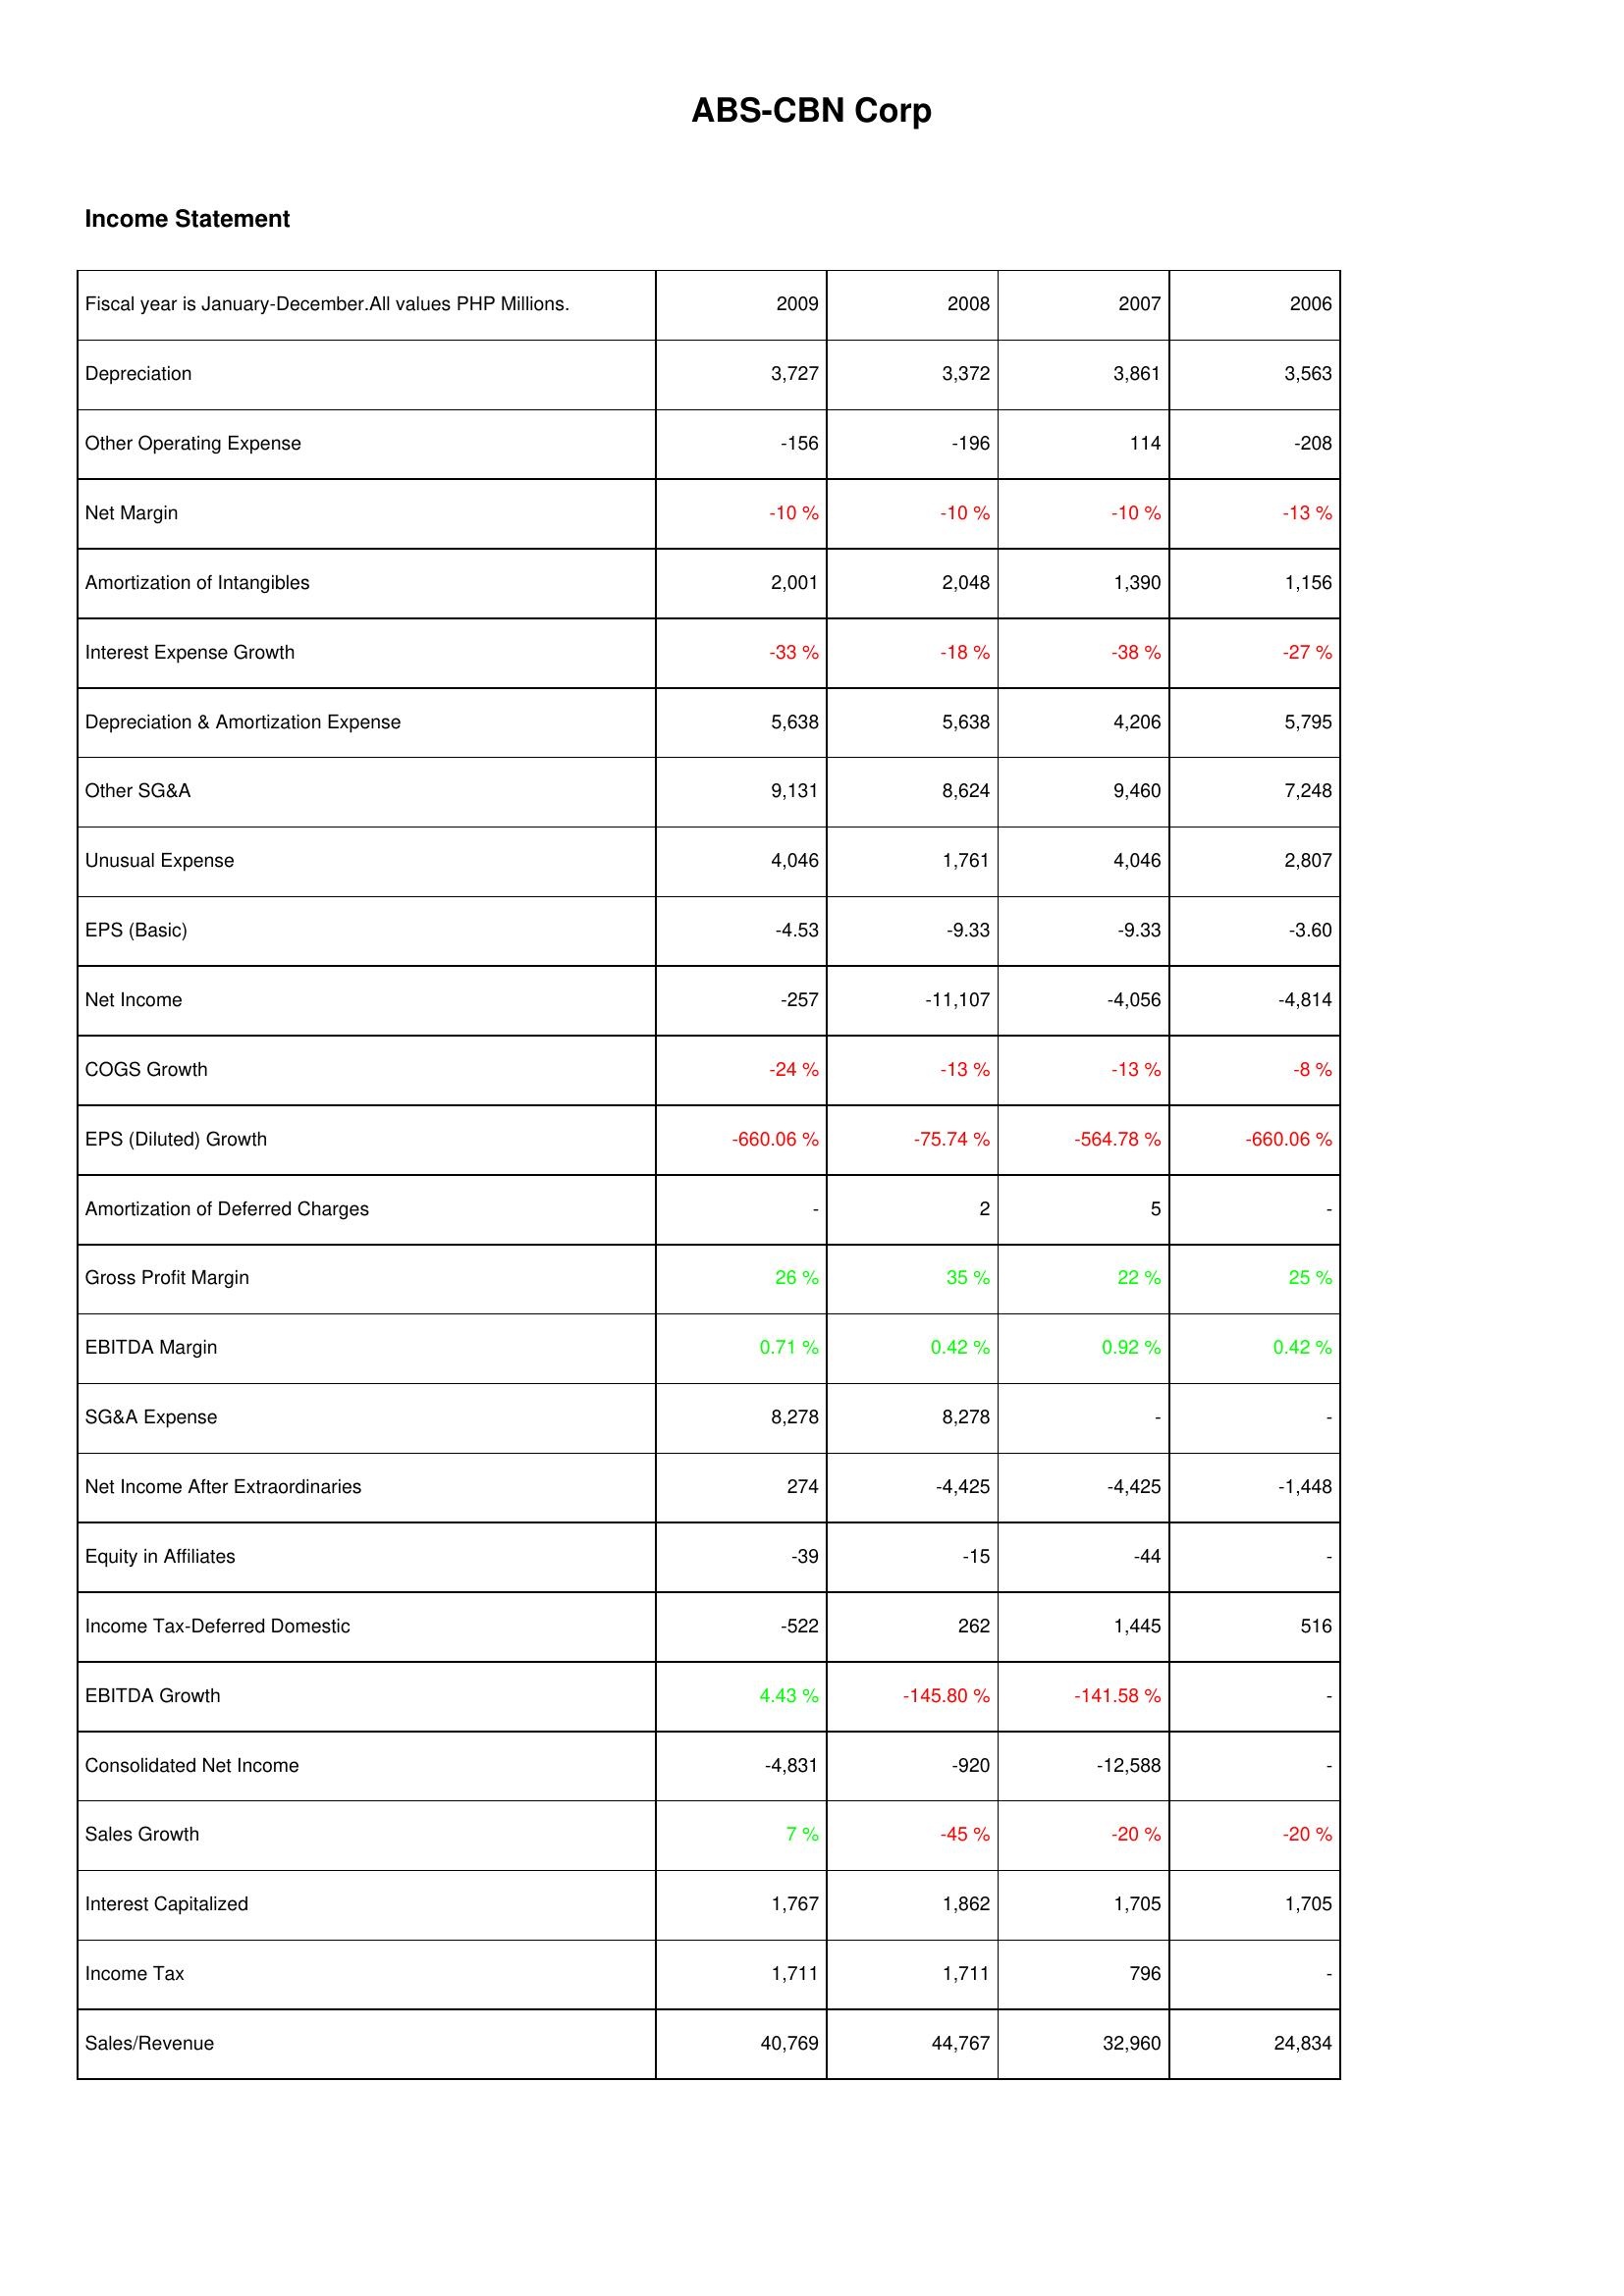
2009: Income Statement: Depreciation: 3,727
Other Operating Expense: -156
Net Margin: -10 %
Amortization of Intangibles: 2,001
Interest Expense Growth: -33 %
Depreciation & Amortization Expense: 5,638
Other SG&A: 9,131
Unusual Expense: 4,046
EPS (Basic): -4.53
Net Income: -257
COGS Growth: -24 %
EPS (Diluted) Growth: -660.06 %
Amortization of Deferred Charges: -
Gross Profit Margin: 26 %
EBITDA Margin: 0.71 %
SG&A Expense: 8,278
Net Income After Extraordinaries: 274
Equity in Affiliates: -39
Income Tax-Deferred Domestic: -522
EBITDA Growth: 4.43 %
Consolidated Net Income: -4,831
Sales Growth: 7 %
Interest Capitalized: 1,767
Income Tax: 1,711
Sales/Revenue: 40,769
2008: Income Statement: Depreciation: 3,372
Other Operating Expense: -196
Net Margin: -10 %
Amortization of Intangibles: 2,048
Interest Expense Growth: -18 %
Depreciation & Amortization Expense: 5,638
Other SG&A: 8,624
Unusual Expense: 1,761
EPS (Basic): -9.33
Net Income: -11,107
COGS Growth: -13 %
EPS (Diluted) Growth: -75.74 %
Amortization of Deferred Charges: 2
Gross Profit Margin: 35 %
EBITDA Margin: 0.42 %
SG&A Expense: 8,278
Net Income After Extraordinaries: -4,425
Equity in Affiliates: -15
Income Tax-Deferred Domestic: 262
EBITDA Growth: -145.80 %
Consolidated Net Income: -920
Sales Growth: -45 %
Interest Capitalized: 1,862
Income Tax: 1,711
Sales/Revenue: 44,767
2007: Income Statement: Depreciation: 3,861
Other Operating Expense: 114
Net Margin: -10 %
Amortization of Intangibles: 1,390
Interest Expense Growth: -38 %
Depreciation & Amortization Expense: 4,206
Other SG&A: 9,460
Unusual Expense: 4,046
EPS (Basic): -9.33
Net Income: -4,056
COGS Growth: -13 %
EPS (Diluted) Growth: -564.78 %
Amortization of Deferred Charges: 5
Gross Profit Margin: 22 %
EBITDA Margin: 0.92 %
SG&A Expense: -
Net Income After Extraordinaries: -4,425
Equity in Affiliates: -44
Income Tax-Deferred Domestic: 1,445
EBITDA Growth: -141.58 %
Consolidated Net Income: -12,588
Sales Growth: -20 %
Interest Capitalized: 1,705
Income Tax: 796
Sales/Revenue: 32,960
2006: Income Statement: Depreciation: 3,563
Other Operating Expense: -208
Net Margin: -13 %
Amortization of Intangibles: 1,156
Interest Expense Growth: -27 %
Depreciation & Amortization Expense: 5,795
Other SG&A: 7,248
Unusual Expense: 2,807
EPS (Basic): -3.60
Net Income: -4,814
COGS Growth: -8 %
EPS (Diluted) Growth: -660.06 %
Amortization of Deferred Charges: -
Gross Profit Margin: 25 %
EBITDA Margin: 0.42 %
SG&A Expense: -
Net Income After Extraordinaries: -1,448
Equity in Affiliates: -
Income Tax-Deferred Domestic: 516
EBITDA Growth: -
Consolidated Net Income: -
Sales Growth: -20 %
Interest Capitalized: 1,705
Income Tax: -
Sales/Revenue: 24,834